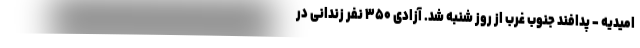
امیدیه - پدافند جنوب غرب از روز شنبه شد. آزادی ۳۵۰ نفر زندانی در